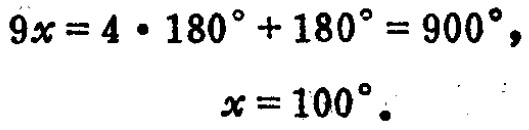
\[
\begin{align*}
9x&=4\cdot180^{\circ}+180^{\circ}=900^{\circ},\\
x&=100^{\circ}.
\end{align*}
\]